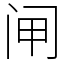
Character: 闸